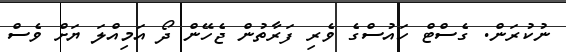
ނުކުރަން. ގެސްޓް ހައުސްގެ ވެރި ފަރާތުން ޖެހޭން ދޯ އަމިއްލަ ޔަށް ވެސް